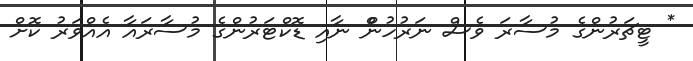
* ޓީޗަރުންގެ މުސާރަ ވެސް ނަރުހުންްްްްް ނާއި ޑޮކްޓަރުންގެ މުސާރައާ އެއްވަރު ކޮށް